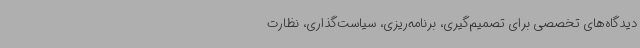
دیدگاه‌های تخصصی برای تصمیم‌گیری، برنامه‌ریزی، سیاست‌گذاری، نظارت